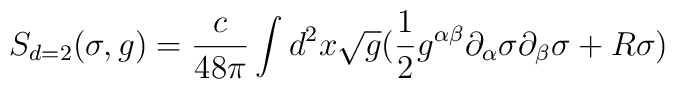
S_{d=2}(\sigma,g)=\frac{c}{48\pi}\int d^2 x\sqrt{g}(\frac{1}{2}g^{\alpha\beta}\partial_\alpha \sigma \partial_\beta \sigma + R \sigma)